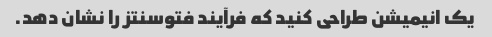
یک انیمیشن طراحی کنید که فرآیند فتوسنتز را نشان دهد.